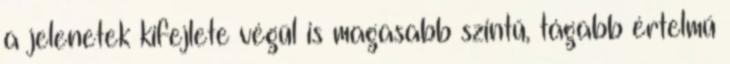
a jelenetek kifejlete végül is magasabb szintű, tágabb értelmű